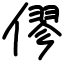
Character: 僇